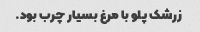
زرشک پلو با مرغ بسیار چرب بود.